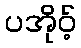
ပအိုဝ့်